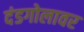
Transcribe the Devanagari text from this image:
दंडगोलावर